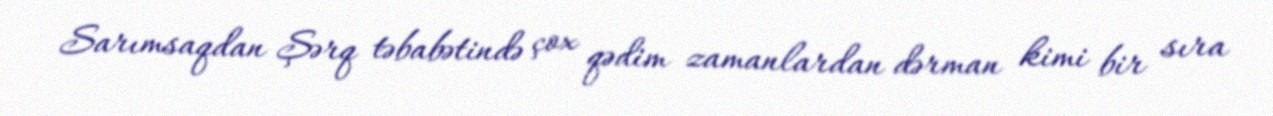
Sarımsaqdan Şərq təbabətində çox qədim zamanlardan dərman kimi bir sıra